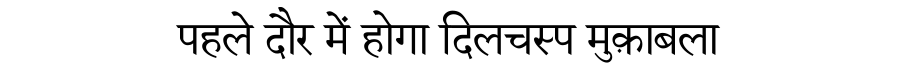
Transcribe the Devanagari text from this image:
पहले दौर में होगा दिलचस्प मुक़ाबला